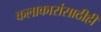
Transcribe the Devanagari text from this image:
कलाकारांसाठीही